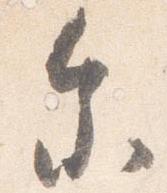
参